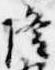
隆